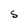
Character: s